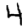
Digit: 4